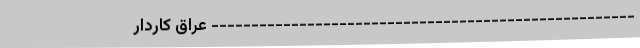
----------------------------------------------------- عراق کاردار